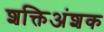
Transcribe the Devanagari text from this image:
शक्तिअंशक